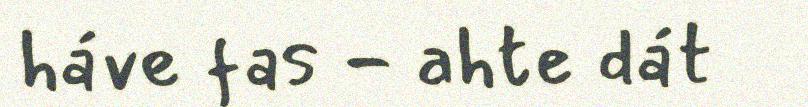
háve fas - ahte dát